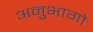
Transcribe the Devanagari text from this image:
अनुभागो